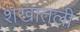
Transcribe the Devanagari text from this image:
शंखातली